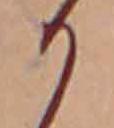
か